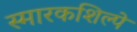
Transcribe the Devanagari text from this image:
स्मारकशिल्पे